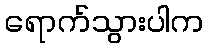
ရောက်သွားပါက